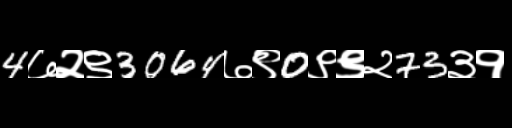
Text: 4७२९3064७९0९९२73३१